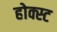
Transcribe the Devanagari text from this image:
होक्स्ट